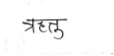
मजकूर: ऋतु